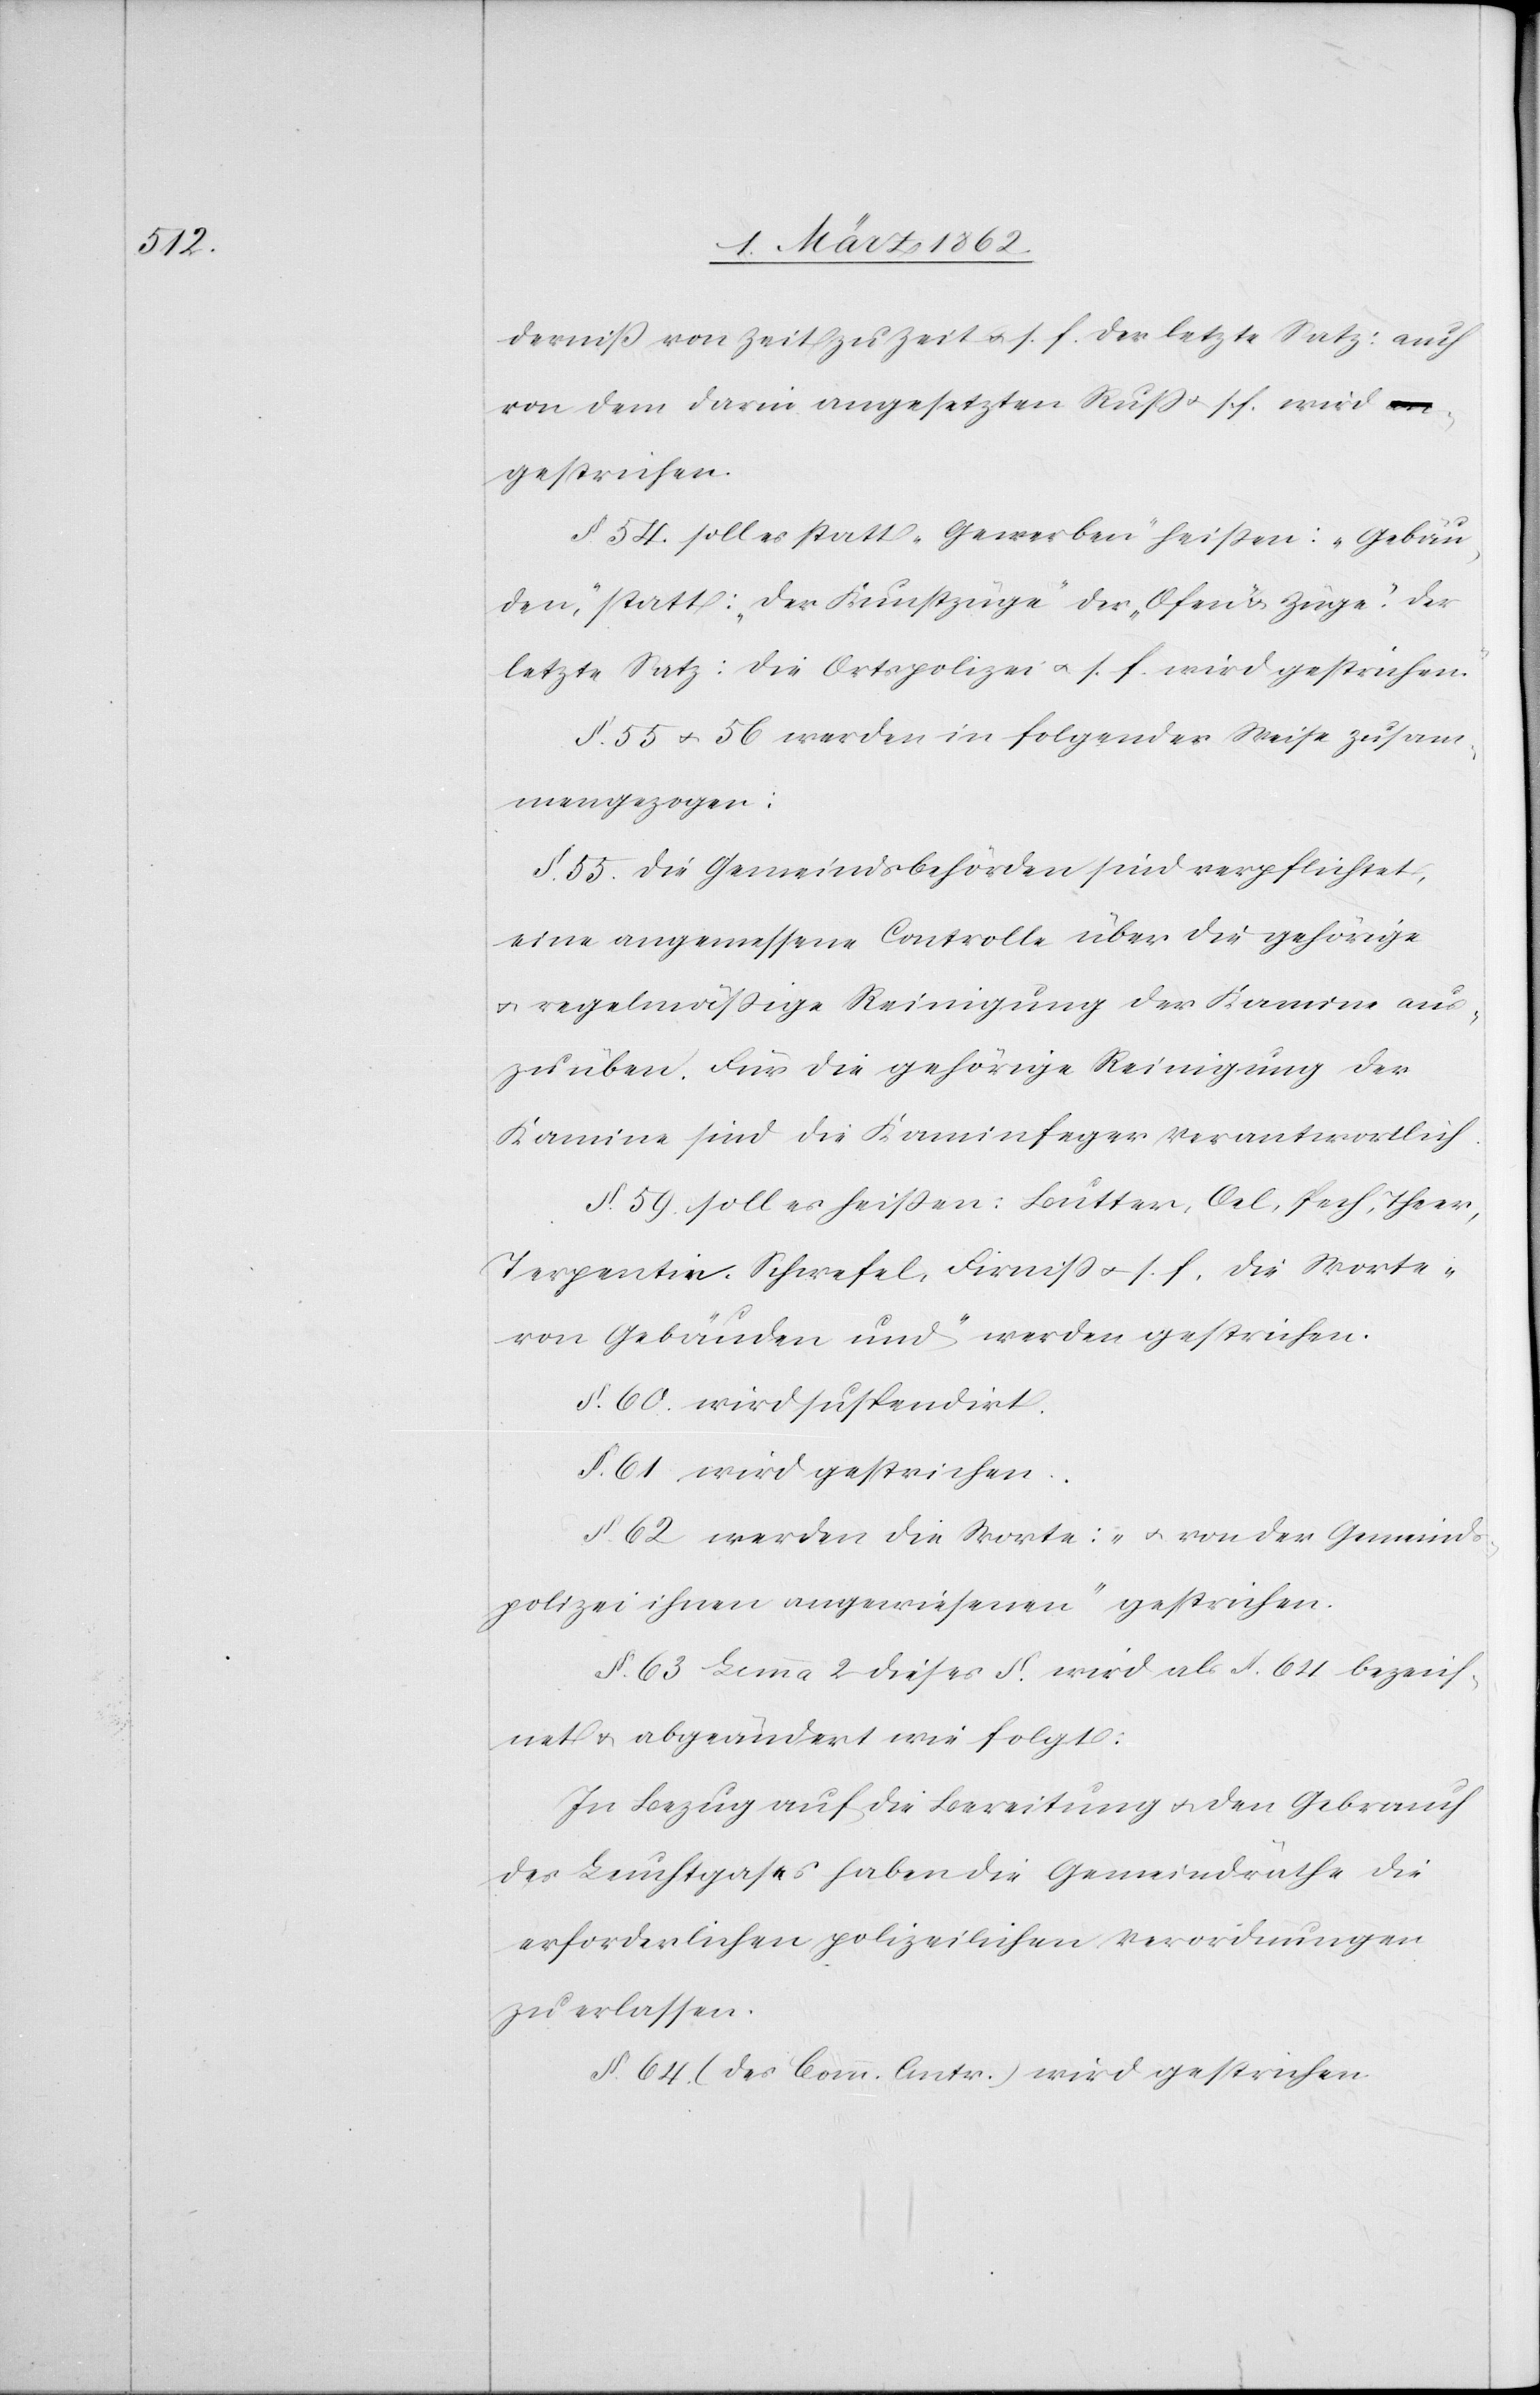
derniß von Zeit zu Zeit u. s. f. der letzte Satz: auch
von dem darin angesetzten Ruß u. s. f. wird
gestrichen.
§. 54 soll es statt „Gewerben“ heißen: „Gebäu¬
den“, statt: „der Kunstzüge“ der „Ofen-Züge“. der
letzte Satz: die Ortspolizei u. s. f. wird gestrichen.
§. 55 u. 56 werden in folgender Weise zusam¬
mengezogen:
§. 55. Die Gemeindsbehörden sind verpflichtet,
eine angemessene Controlle über die gehörige
u. regelmäßige Reinigung der Kamine aus¬
zuüben. Für die gehörige Reinigung der
Kamine sind die Kaminfeger verantwortlich.
§. 59. soll es heißen: Butter, Oel, Pech, Theer,
Terpentin, Schwefel, Firniß u. s. f. die Worte
„von Gebäuden und“ werden gestrichen.
§. 60. wird suspendirt.
§. 61 wird gestrichen.
§. 62 werden die Worte: „u. von der Gemeinds¬
polizei ihnen angewiesenen“ gestrichen.
§. 63 Lemma 2 dieses §. wird als §. 64 bezeich¬
net u. abgeändert wie folgt:
In Bezug auf die Bereitung u. den Gebrauch
des Leuchtgases haben die Gemeindräthe die
erforderlichen polizeilichen Verordnungen
zu erlassen.
§. 64. (des Comm. Antr.) wird gestrichen